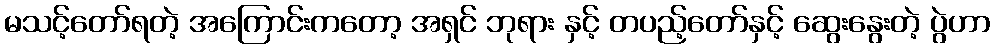
မသင့်တော်ရတဲ့ အကြောင်းကတော့ အရှင် ဘုရား နှင့် တပည့်တော်နှင့် ဆွေးနွေးတဲ့ ပွဲဟာ